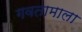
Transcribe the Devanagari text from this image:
गवतामाला